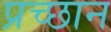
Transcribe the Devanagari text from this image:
प्रच्छान